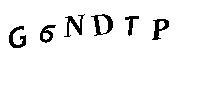
G6NDTP